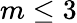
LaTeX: m\leq 3